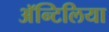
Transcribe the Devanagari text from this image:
अॅन्टिलिया